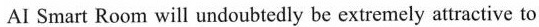
AI Smart Room will undoubtedly be extremely attractive to